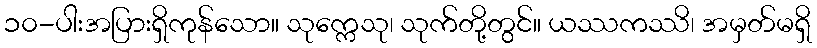
၁၀-ပါးအပြားရှိကုန်သော။ သုက္ကေသု၊ သုက်တို့တွင်။ ယဿကဿိ၊ အမှတ်မရှိ